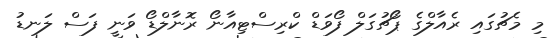
މި މެޗުގައި ރެއާލްގެ ޕޯޗުގަލް ފޯވަޑް ކްރިސްޓިއާނޯ ރޮނާލްޑޯ ވަނީ ފަސް ލަނޑު